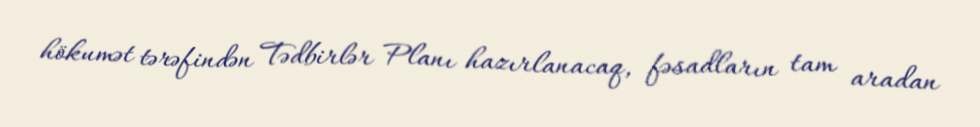
hökumət tərəfindən Tədbirlər Planı hazırlanacaq, fəsadların tam aradan